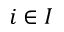
i \in I